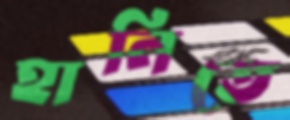
হানিতে